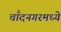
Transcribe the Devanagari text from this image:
चाँदनगरमध्ये